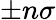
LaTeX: \pm n\sigma